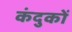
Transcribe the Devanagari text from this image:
कंदुकों